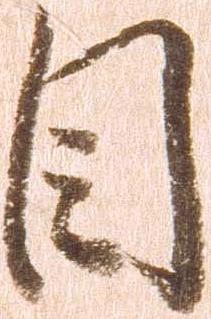
目